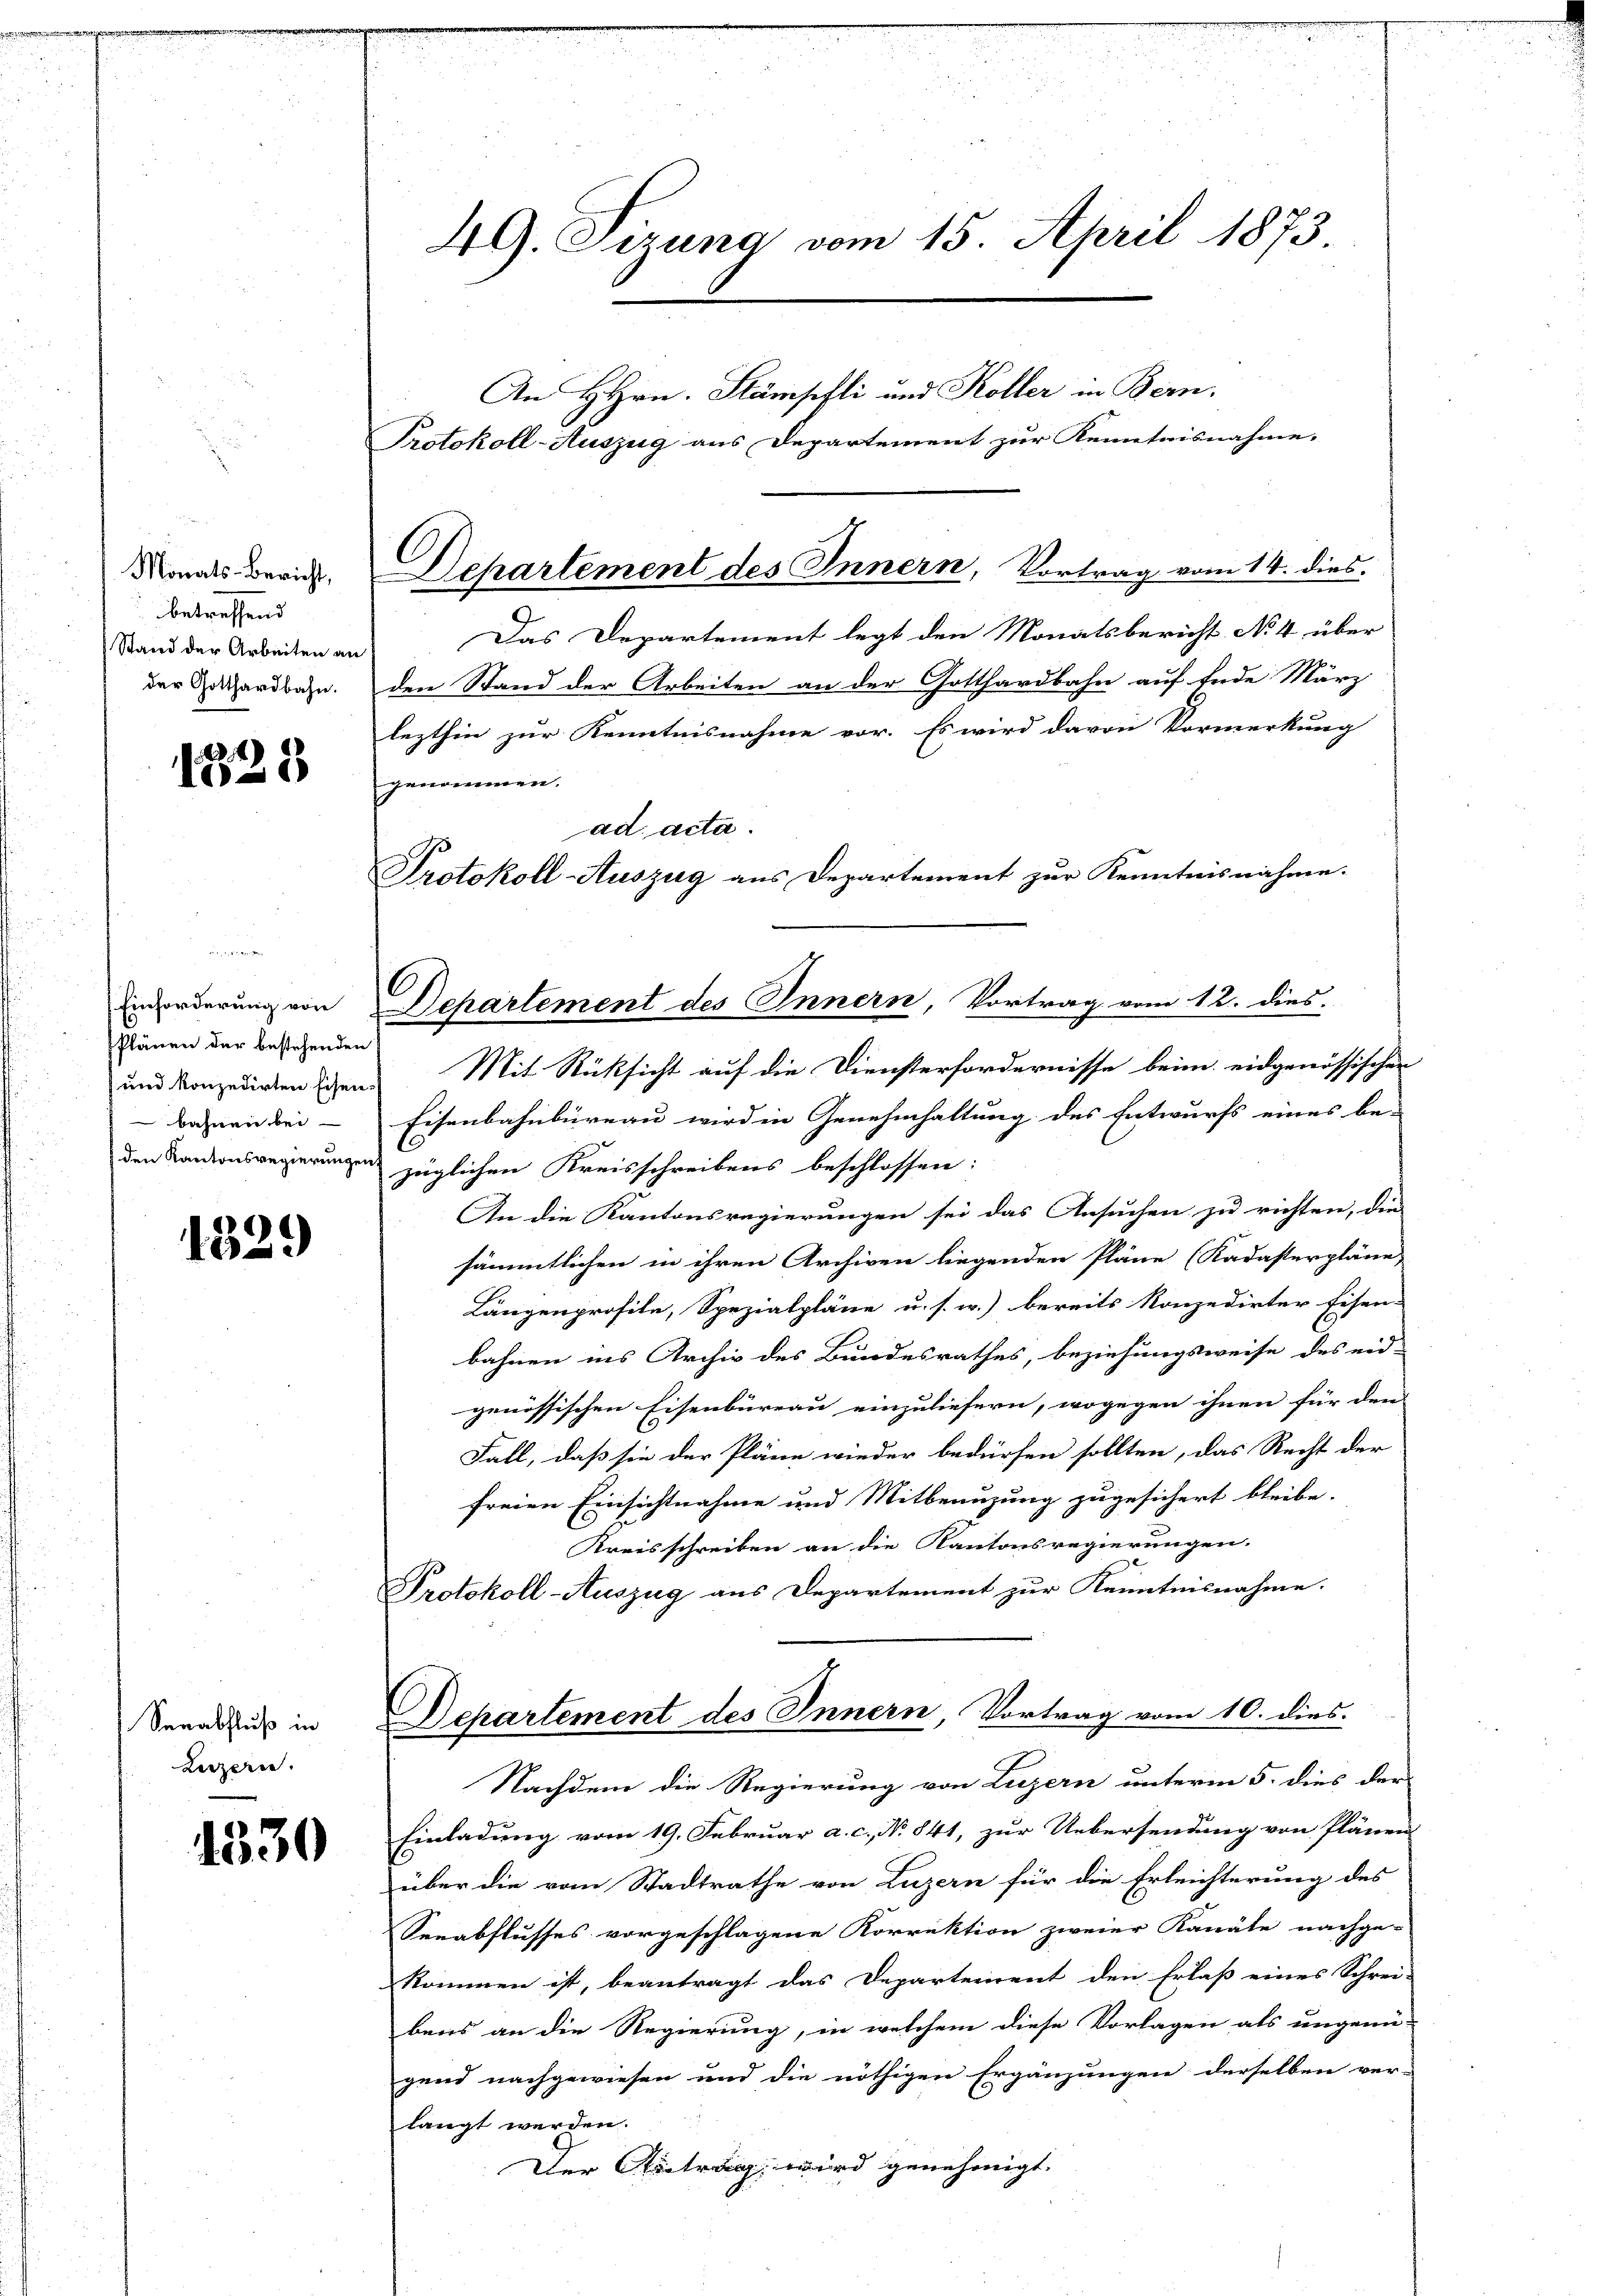
Monats-Bericht,
betreffend
Stand der Arbeiten an
der Gotthardbahn.

234)
185

Plänen der bestehenden
) und konzedirten Eisen-
bahnen bei
den Kantonsregierungen,

1329

Senabfluß in
Luzern.

1530

6

49. Sirung vom 15. April 1873

Dehartement des Innern, Vortrag vom 14. dies
.

ad acta.

An Hrn. Stämpfli und Koller in Bern,
Protokoll-Auszug aus Departement zur Kenntnisnahme.
Das Departement legt den Monatsbericht No 4 über
den Stand der Arbeiten an der Gotthardbahn auf Ende März
lezthin zur Kenntnisnahme vor. Es wird davon Vormerkung
genommen.
Protokoll-Auszug aus Departement zur Kenntnisnahme.
Mit Rücksicht auf die Diensterfordernisse beim eidgenössischer
Eisenbahnbüreau wird in Genehmhaltung des Entwurfs eines be- |
züglichen Kreisschreibens beschlossen:
An die Kantonsregierungen sei das Ansuchen zu richten, die
sämmtlichen in ihren Archiven liegenden Pläne (Kadasterpläne,
Längenprofile, Spezialpläne u. s. w.) bereits konzedirter Eisen-
bahnen ins Archiv des Bundesrathes, beziehungsweise des eid-
genössischen Eisenbüreau einzuliefern, wogegen ihnen für den
Fall, daß sie der Pläne wieder bedürfen sollten, das Recht der
freien Einsichtnahme und Mitbenuzung zugesichert bleibe.
Kreisschreiben an die Kantonsregierungen.
Protokoll-Auszug aus Departement zur Kenntnisnahme.
Departement des Innern, Vortrag vom 10. dies
Nachdem die Regierung von Luzern unterm 5. dies der
Einladung vom 19. Februar a. c. No. 841, zur Uebersendung von Plänen
über die vom Stadtrathe von Luzern für die Erleichterung des
Seeabflusses vorgeschlagene Korrektion zweier Kanäte nachge-
kommen ist, beantragt das Departement den Erlaß eines Schrei-
bers an die Regierung, in welchem diese Vorlagen als ungenü-
gend nachgewiesen und die nöthigen Ergänzungen derselben ver-
langt werden.
Der Antrag wird genehmigt. |

Einforderung von Departement des Innern, Vortrag vom 12. dies